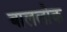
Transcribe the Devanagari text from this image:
बाललोक